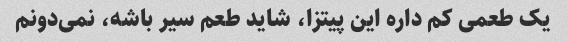
یک طعمی کم داره این پیتزا، شاید طعم سیر باشه، نمی‌دونم